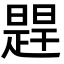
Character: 𬁔